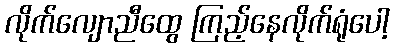
လိုက်လျောညီထွေ ကြည့်နေလိုက်ရုံပေါ့